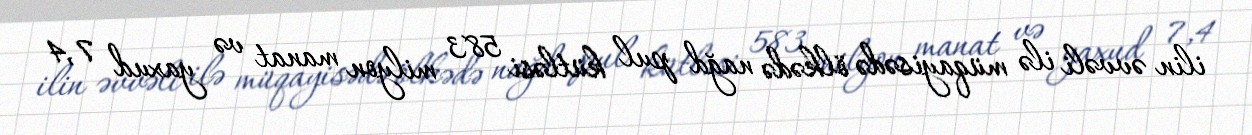
ilin əvvəli ilə müqayisədə ölkədə nağd pul kütləsi 583 milyon manat və yaxud 7,4